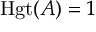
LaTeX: \operatorname { H g t } ( A ) = 1